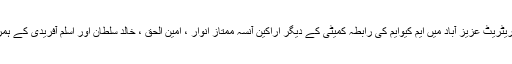
ان خیالات کااظہار انھوں نے پیر کے روز خورشید بیگم سیکریٹریٹ عزیز آباد میں ایم کیوایم کی رابطہ کمیٹی کے دیگر اراکین آنسہ ممتاز انوار ، امین الحق ، خالد سلطان اور اسلم آفریدی کے ہمراہ ایک پرہجوم پریس کانفرنس سے خطاب کرتے ہوئے کیا ۔